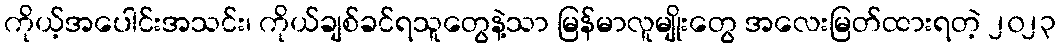
ကိုယ့်အပေါင်းအသင်း၊ ကိုယ်ချစ်ခင်ရသူတွေနဲ့သာ မြန်မာလူမျိုးတွေ အလေးမြတ်ထားရတဲ့ ၂၀၂၃